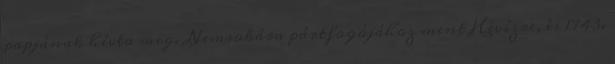
papjának hívta meg. Nemsokára pártfogójához ment Hévízre, és 1743.